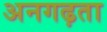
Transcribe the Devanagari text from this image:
अनगढ़ता